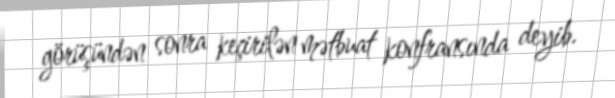
görüşündən sonra keçirilən mətbuat konfransında deyib.